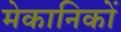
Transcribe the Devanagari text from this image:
मेकानिकों